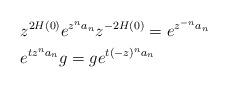
LaTeX: \begin{align*}&z^{2H(0)}e^{z^na_n} z^{-2H(0)}=e^{z^{-n}a_n}\\& e^{tz^na_n} g = g e^{t(-z)^na_n}\end{align*}